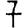
Digit: 7